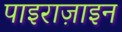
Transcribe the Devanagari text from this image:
पाइराज़ाइन